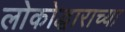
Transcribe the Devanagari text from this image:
लोकोद्धाराच्या